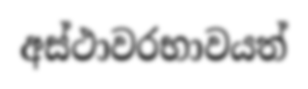
අස්ථාවරභාවයත්